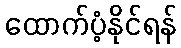
ထောက်ပံ့နိုင်ရန်